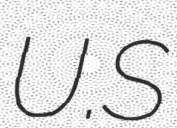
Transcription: U.S